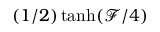
( 1 / 2 ) \operatorname { t a n h } ( \mathcal { F } / 4 )